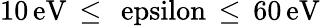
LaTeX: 10\, \mathrm{{eV}\, \leq\, \ epsilon\, \leq\, 60\, \mathrm{{eV}}}